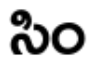
సిం